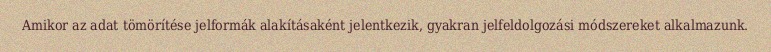
Amikor az adat tömörítése jelformák alakításaként jelentkezik, gyakran jelfeldolgozási módszereket alkalmazunk.